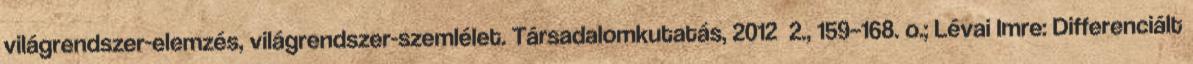
világrendszer-elemzés, világrendszer-szemlélet. Társadalomkutatás, 2012 2., 159–168. o.; Lévai Imre: Differenciált